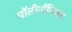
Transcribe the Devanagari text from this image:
पॉलीनॉमिअल